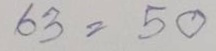
63 = 50